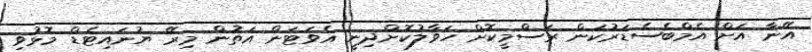
އޭނާ އަށް އެމްބެސެޑަރުކަން ރަސްމީކޮށް ހަވާލުކޮށްދިނީ އެވަޓަން އަތުން މިރޭ ޔުނައިޓެޑް މޮޅުވި